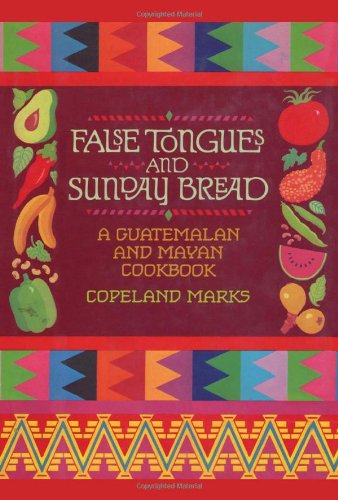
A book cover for False Tongues and Sunday Bread: A Guatemalan and Mayan Cookbook; Copeland Marks; Cookbooks, Food & Wine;